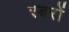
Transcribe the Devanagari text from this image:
रबरों